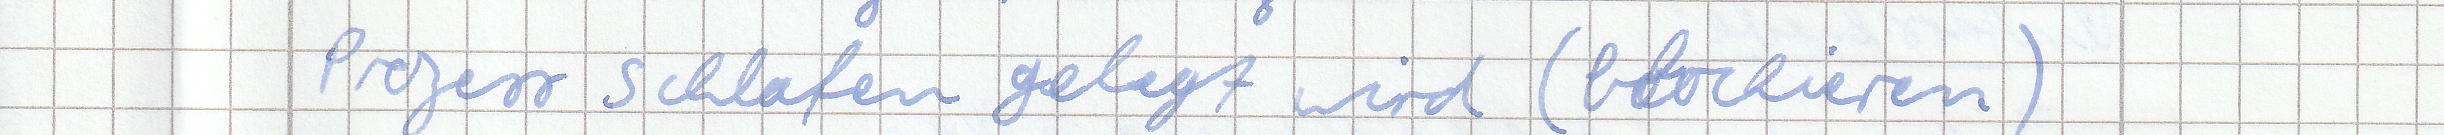
Prozess schlafen gelegt wird (blockieren)